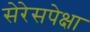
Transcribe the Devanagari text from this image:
सेरेसपेक्षा